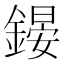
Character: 𨪶